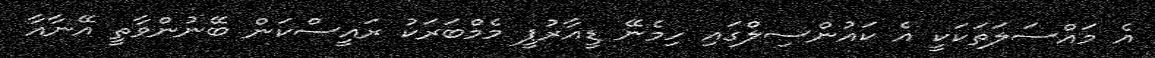
އެ މައްސަލަތަކަކީ އެ ކައުންސިލްގައި ހިމެނޭ ޑީއާރުޕީ މެމްބަރަކު ރައީސްކަން ބޭނުންވާތީ އޭނާއާ